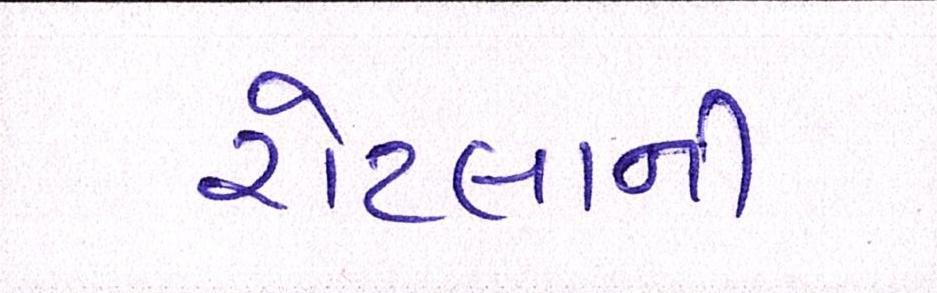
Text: રોટલાની